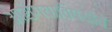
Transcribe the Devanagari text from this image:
आरोग्याविषयीचे